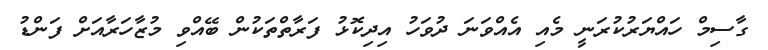
ގާސިމް ހައްޔަރުކުރަނީ މެއި އެއްވަނަ ދުވަހު އިދިކޮޅު ފަރާތްތަކުން ބޭއްވި މުޒާހަރާއަށް ފަންޑު